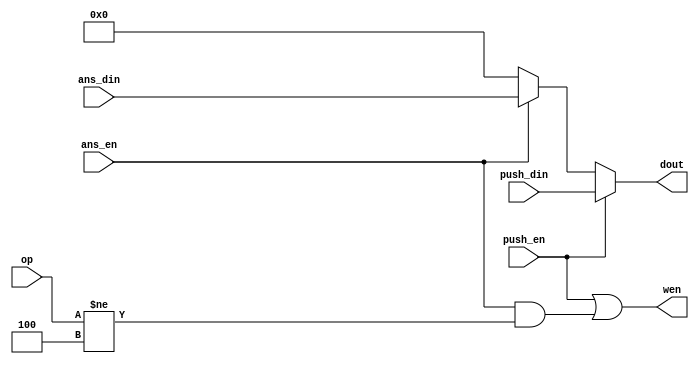
module stack_controller(push_din,push_en,ans_din,ans_en,op,dout,wen);
input push_en,ans_en;
input [3:0] op;
input [15:0] push_din,ans_din;

output [15:0] dout;
output wen;

parameter OP_ADD = 4'd0, OP_SUB = 4'd1, OP_MUL = 4'd2, OP_DIV = 4'd3, OP_POP = 4'd4, OP_UNKKOWN = 4'hf;

assign dout = push_en? push_din : ans_en? ans_din : 0;
assign wen = push_en | (ans_en && (op!=OP_POP));

endmodule